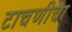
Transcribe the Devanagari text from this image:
टाचणीचा